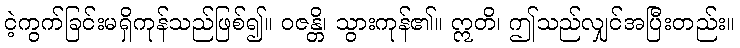
ငဲ့ကွက်ခြင်းမရှိကုန်သည်ဖြစ်၍။ ဝဇန္တိ၊ သွားကုန်၏။ ဣတိ၊ ဤသည်လျှင်အပြီးတည်း။